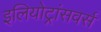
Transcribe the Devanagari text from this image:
इलियोट्रांसवर्स